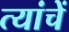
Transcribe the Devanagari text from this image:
त्यांचेेें